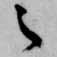
之